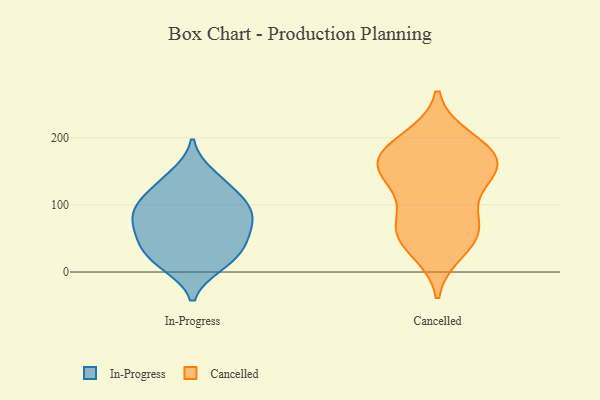
{"axis": {"x": "Bounce Rate (%)", "y": "Value"}, "legend": ["Cancelled", "In-Progress"], "data": [{"x": "", "y": 94, "type": "In-Progress"}, {"x": "", "y": 11, "type": "In-Progress"}, {"x": "", "y": 62, "type": "In-Progress"}, {"x": "", "y": 90, "type": "In-Progress"}, {"x": "", "y": 79, "type": "In-Progress"}, {"x": "", "y": 145, "type": "In-Progress"}, {"x": "", "y": 45, "type": "In-Progress"}, {"x": "", "y": 134, "type": "In-Progress"}, {"x": "", "y": 33, "type": "In-Progress"}, {"x": "", "y": 83, "type": "In-Progress"}, {"x": "", "y": 10, "type": "In-Progress"}, {"x": "", "y": 111, "type": "In-Progress"}, {"x": "", "y": 29, "type": "In-Progress"}, {"x": "", "y": 111, "type": "In-Progress"}, {"x": "", "y": 57, "type": "In-Progress"}, {"x": "", "y": 149, "type": "Cancelled"}, {"x": "", "y": 197, "type": "Cancelled"}, {"x": "", "y": 145, "type": "Cancelled"}, {"x": "", "y": 33, "type": "Cancelled"}, {"x": "", "y": 162, "type": "Cancelled"}, {"x": "", "y": 173, "type": "Cancelled"}, {"x": "", "y": 59, "type": "Cancelled"}, {"x": "", "y": 131, "type": "Cancelled"}, {"x": "", "y": 84, "type": "Cancelled"}, {"x": "", "y": 169, "type": "Cancelled"}, {"x": "", "y": 58, "type": "Cancelled"}, {"x": "", "y": 61, "type": "Cancelled"}, {"x": "", "y": 184, "type": "Cancelled"}]}